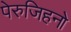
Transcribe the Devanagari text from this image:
पेरुजिहनो